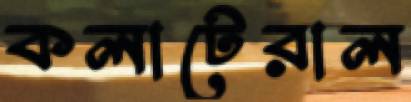
কলাটেরাল